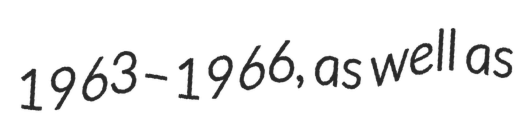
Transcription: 1963–1966, as well as